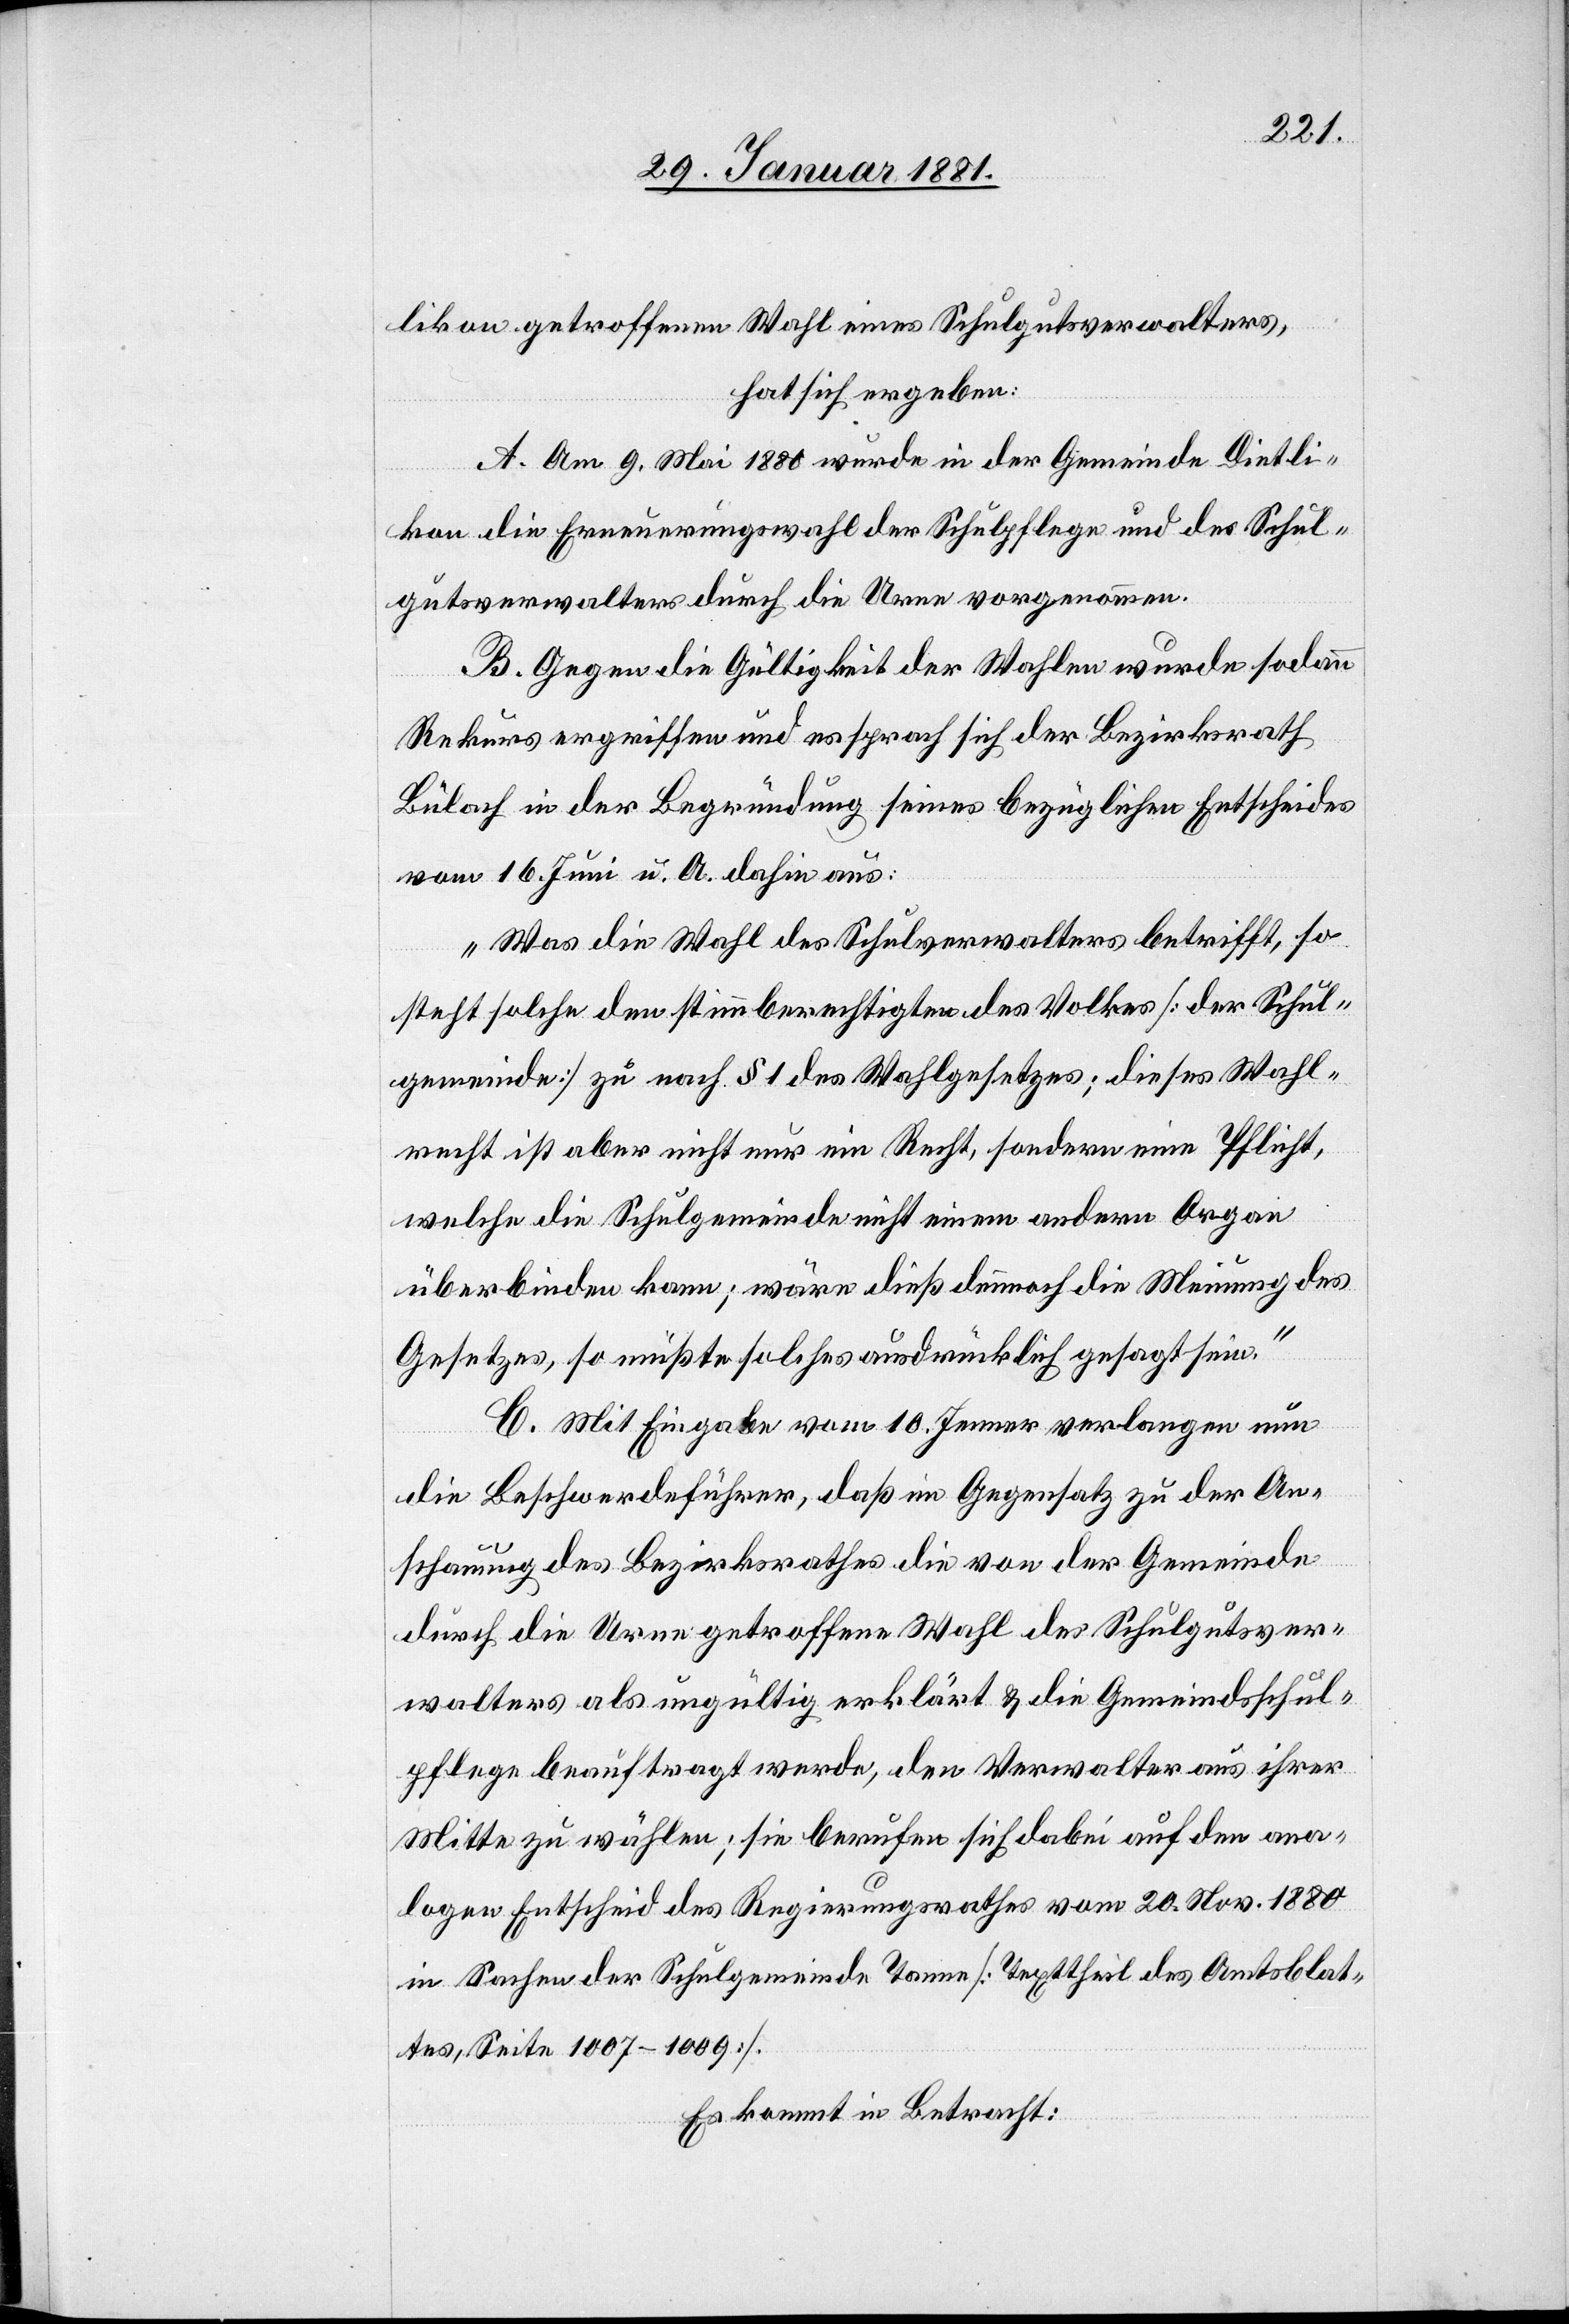
likon getroffenen Wahl eines Schulgutsverwalters,
hat sich ergeben:
A. Am 9. Mai 1880 wurde in der Gemeinde Dietli¬
kon die Erneuerungswahl der Schulpflege und des Schul¬
gutsverwalter durch die Urne vorgenommen.
B. Gegen die Gültigkeit der Wahlen wurde sodann
Rekurs ergriffen und es sprach sich der Bezirksrath
Bülach in der Begründung seines bezüglichen Entscheides
vom 16. Juni u. A. dahin aus:
„Was die Wahl des Schulverwalters betrifft, so
steht solches den stimmberechtigten [sic!] des Volkes [der Schul¬
gemeinde] zu nach § 1 des Wahlgesetzes; dieses Wahl¬
recht ist aber nicht nur ein Recht, sondern eine Pflicht,
welche die Schulgemeinde nicht einem andern Organ
überbinden kann; wäre dieß dennoch die Meinung des
Gesetzes, so müßte solches ausdrücklich gesagt sein.“
C. Mit Eingabe vom 10. Jenner verlangen nun
die Beschwerdeführer, daß im Gegensatz zu der An¬
schauung des Bezirksrathes die von der Gemeinde
durch die Urne getroffene Wahl des Schulgutsver¬
walters als ungültig erklärt & die Gemeindsschul¬
pflege beauftragt werde, den Verwalter aus ihrer
Mitte zu wählen; sie berufen sich dabei auf den ana¬
logen Entscheid des Regierungsrathes vom 20. Nov. 1880
in Sachen der Schulgemeinde Tanne [Texttheil des Amtsblat¬
tes, Seite 1007–1009].
Es kommt in Betracht: